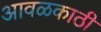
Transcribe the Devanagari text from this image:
आवळकाठी